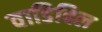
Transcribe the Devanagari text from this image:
वाडिविल